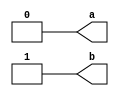
module test (a, b);
  output a;
  reg a = 1'b0;
  output reg b = 1'b1;
endmodule

module top;
  wire out1, out2;

  test dut(out1, out2);

  initial begin
    #1;
    if (out1 !== 1'b0 || out2 !== 1'b1) begin
      $display("Failed: expected 0:1, got %b:%b", out1, out2);
    end else $display("PASSED");
  end
endmodule